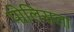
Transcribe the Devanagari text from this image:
पोलिसला